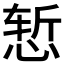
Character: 𰑧